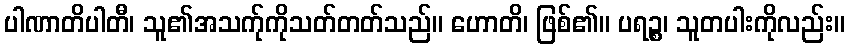
ပါဏာတိပါတီ၊ သူ၏အသက်ုကိုသတ်တတ်သည်။ ဟောတိ၊ ဖြစ်၏။ ပရဉ္စ၊ သူတပါးကိုလည်း။